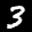
Label: 3